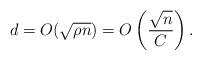
LaTeX: \begin{align*}d=O(\sqrt{\rho n}) =O\left( \frac{\sqrt{n}}{C}\right).\end{align*}